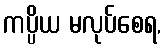
ကပ္ပိယ မလုပ်စေရ,